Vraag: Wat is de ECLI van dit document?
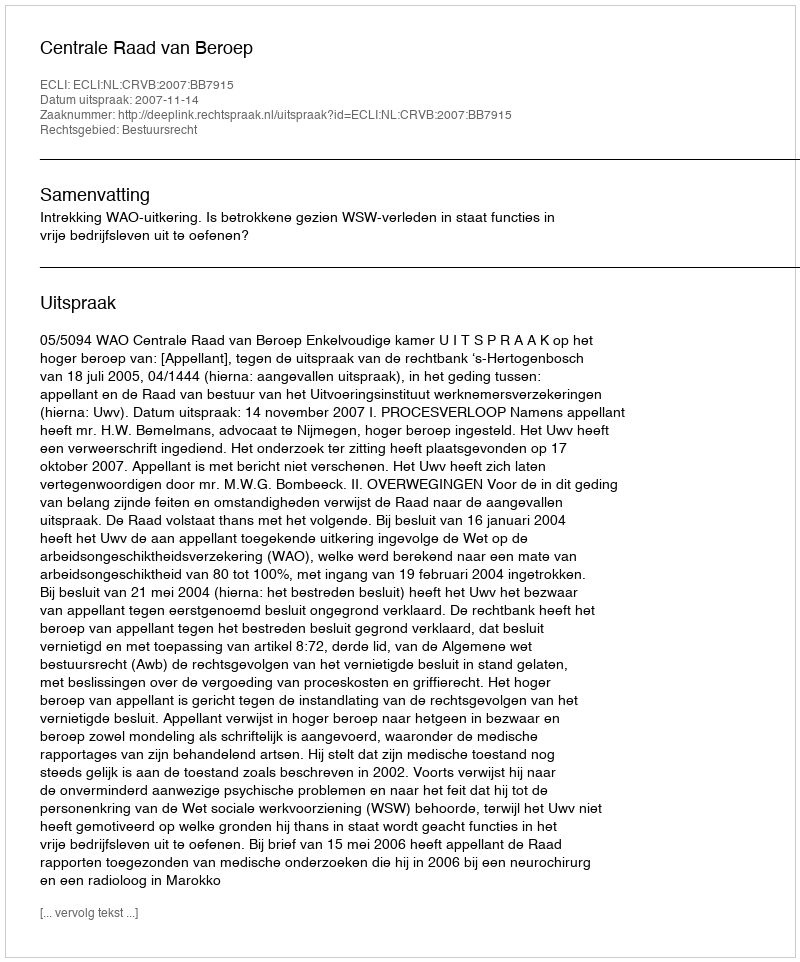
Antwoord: ECLI:NL:CRVB:2007:BB7915